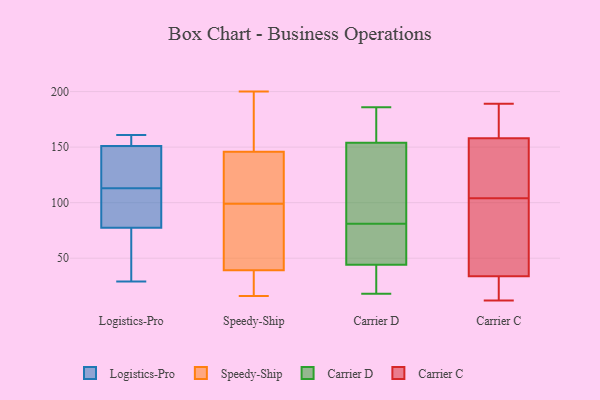
{"axis": {"x": "Operating Costs (USD K)", "y": "Value"}, "legend": ["Carrier C", "Carrier D", "Logistics-Pro", "Speedy-Ship"], "data": [{"x": "", "y": 159, "type": "Logistics-Pro"}, {"x": "", "y": 29, "type": "Logistics-Pro"}, {"x": "", "y": 143, "type": "Logistics-Pro"}, {"x": "", "y": 58, "type": "Logistics-Pro"}, {"x": "", "y": 60, "type": "Logistics-Pro"}, {"x": "", "y": 125, "type": "Logistics-Pro"}, {"x": "", "y": 160, "type": "Logistics-Pro"}, {"x": "", "y": 108, "type": "Logistics-Pro"}, {"x": "", "y": 161, "type": "Logistics-Pro"}, {"x": "", "y": 118, "type": "Logistics-Pro"}, {"x": "", "y": 95, "type": "Logistics-Pro"}, {"x": "", "y": 101, "type": "Logistics-Pro"}, {"x": "", "y": 100, "type": "Speedy-Ship"}, {"x": "", "y": 166, "type": "Speedy-Ship"}, {"x": "", "y": 148, "type": "Speedy-Ship"}, {"x": "", "y": 167, "type": "Speedy-Ship"}, {"x": "", "y": 37, "type": "Speedy-Ship"}, {"x": "", "y": 64, "type": "Speedy-Ship"}, {"x": "", "y": 61, "type": "Speedy-Ship"}, {"x": "", "y": 46, "type": "Speedy-Ship"}, {"x": "", "y": 91, "type": "Speedy-Ship"}, {"x": "", "y": 16, "type": "Speedy-Ship"}, {"x": "", "y": 117, "type": "Speedy-Ship"}, {"x": "", "y": 200, "type": "Speedy-Ship"}, {"x": "", "y": 37, "type": "Speedy-Ship"}, {"x": "", "y": 192, "type": "Speedy-Ship"}, {"x": "", "y": 136, "type": "Speedy-Ship"}, {"x": "", "y": 19, "type": "Speedy-Ship"}, {"x": "", "y": 139, "type": "Speedy-Ship"}, {"x": "", "y": 99, "type": "Speedy-Ship"}, {"x": "", "y": 17, "type": "Speedy-Ship"}, {"x": "", "y": 182, "type": "Carrier D"}, {"x": "", "y": 18, "type": "Carrier D"}, {"x": "", "y": 72, "type": "Carrier D"}, {"x": "", "y": 43, "type": "Carrier D"}, {"x": "", "y": 150, "type": "Carrier D"}, {"x": "", "y": 154, "type": "Carrier D"}, {"x": "", "y": 132, "type": "Carrier D"}, {"x": "", "y": 47, "type": "Carrier D"}, {"x": "", "y": 34, "type": "Carrier D"}, {"x": "", "y": 104, "type": "Carrier D"}, {"x": "", "y": 63, "type": "Carrier D"}, {"x": "", "y": 23, "type": "Carrier D"}, {"x": "", "y": 172, "type": "Carrier D"}, {"x": "", "y": 20, "type": "Carrier D"}, {"x": "", "y": 155, "type": "Carrier D"}, {"x": "", "y": 154, "type": "Carrier D"}, {"x": "", "y": 81, "type": "Carrier D"}, {"x": "", "y": 186, "type": "Carrier D"}, {"x": "", "y": 78, "type": "Carrier D"}, {"x": "", "y": 64, "type": "Carrier C"}, {"x": "", "y": 134, "type": "Carrier C"}, {"x": "", "y": 143, "type": "Carrier C"}, {"x": "", "y": 16, "type": "Carrier C"}, {"x": "", "y": 104, "type": "Carrier C"}, {"x": "", "y": 34, "type": "Carrier C"}, {"x": "", "y": 102, "type": "Carrier C"}, {"x": "", "y": 168, "type": "Carrier C"}, {"x": "", "y": 12, "type": "Carrier C"}, {"x": "", "y": 189, "type": "Carrier C"}, {"x": "", "y": 158, "type": "Carrier C"}, {"x": "", "y": 33, "type": "Carrier C"}, {"x": "", "y": 158, "type": "Carrier C"}]}